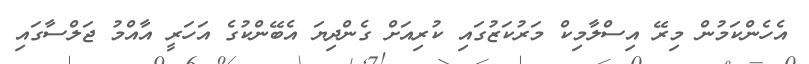
އެހެންކަމުން މިރޭ އިސްލާމިކް މަރުކަޒުގައި ކުރިއަށް ގެންދިޔަ އެބޭންކުގެ އަހަރީ އާއްމު ޖަލްސާގައި